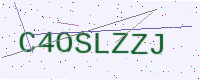
Text: C4OSLZZJ